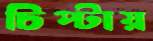
চিপ্‌টায়